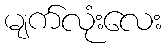
မျက်လုံးလေး